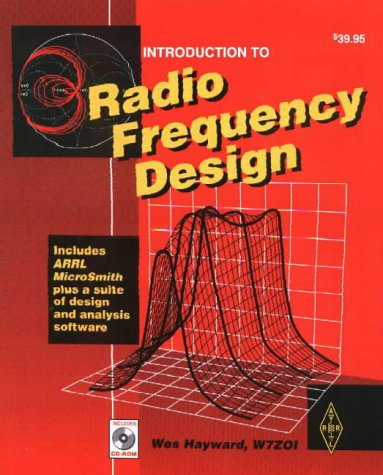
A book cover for Introduction to Radio Frequency Design (Radio Amateur's Library, Publication No. 191.); Wes H. Hayward; Crafts, Hobbies & Home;